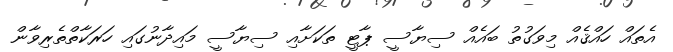
އެތައް ހައްޤެއް މިވަގުތު ބައެއް ސިޔާސީ ޕާޓީ ތަކަށާއި ސިޔާސީ މައިދާނުގައި ހަރަކާތްތެރިވާން